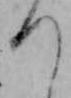
つ